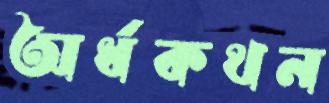
অর্ধকথন